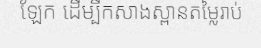
ឡែក ដើម្បីកសាងស្ពានតម្លៃរាប់